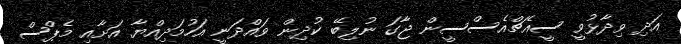
އަދި ވިދާޅުވީ ސީއެޗްއެސްސީން ޖާގަ ނުލިބޭ ކުދިން ވައްދަނީ އަހުމަދިއްޔާ އަށާއި މެޕްސް